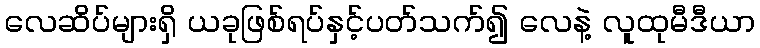
လေဆိပ်များရှိ ယခုဖြစ်ရပ်နှင့်ပတ်သက်၍ လေနဲ့ လူထုမီဒီယာ